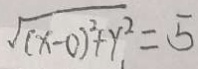
\sqrt { ( x - 0 ) ^ { 2 } + y ^ { 2 } } = 5